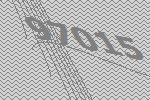
97015